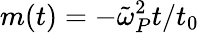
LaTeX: m(t)=-\tilde{\omega}_{P}^{2}t/t_{0}